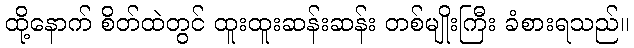
ထို့နောက် စိတ်ထဲတွင် ထူးထူးဆန်းဆန်း တစ်မျိုးကြီး ခံစားရသည်။